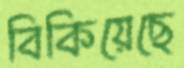
বিকিয়েছে